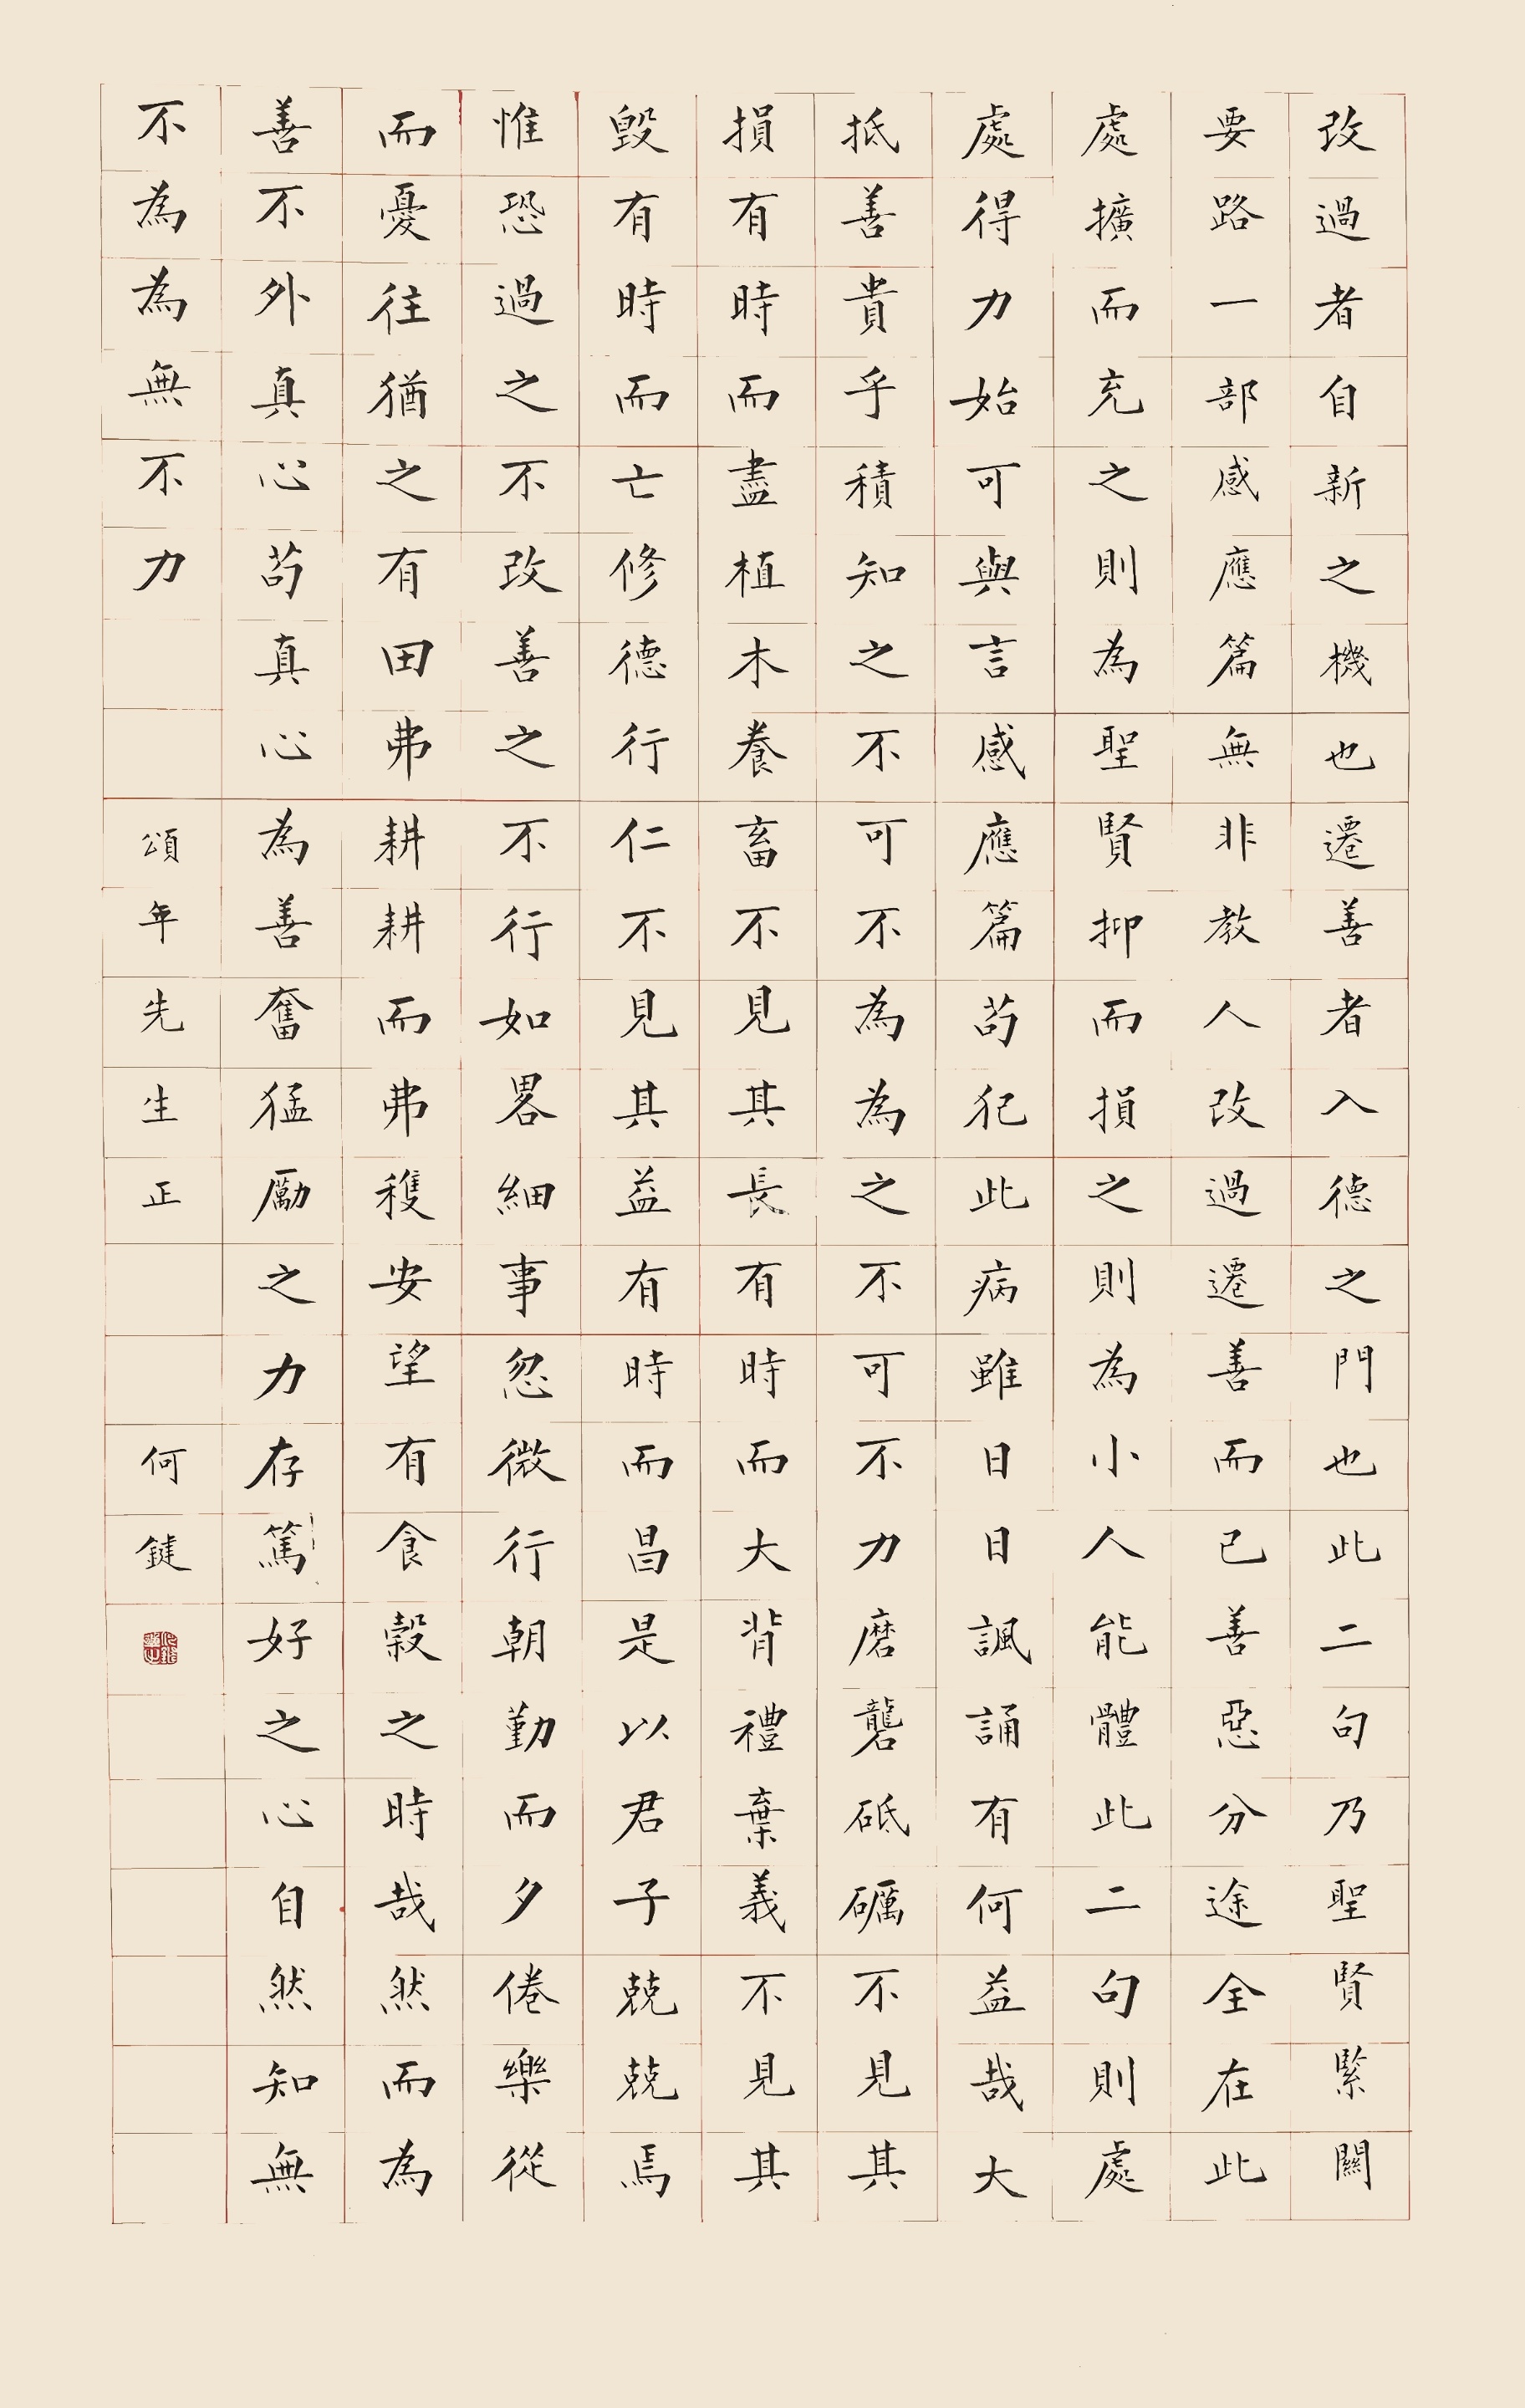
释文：改过者，自新之机也。迁善者，入德之门也。此二句乃圣贤紧关要路。一部感应篇，无非教人改过迁善而已。善恶分途全在此处。扩而充之，则为圣贤；抑而损之，则为小人。能体此二句，则处处得力，始可与言感应篇。苟犯此病，虽日日讽诵，有何益哉？大抵善贵乎积，知之不可不为，为之不可不力，磨砻砥砺不见其损，有时而尽；植木养畜，不见其长，有时而大；背礼弃义，不见其毁，有时而亡；修德行仁，不见其益，有时而昌。是以君子兢兢焉，惟恐过之不改，善之不行。如略细事忽微行，朝勤而夕倦，乐从而忧往，犹之有田弗耕，耕而弗获，安望有食谷之时哉？然而为善不外真心。苟真心为善，奋猛励之，力存笃好之心，自然知无不为、为无不力。颂年先生正，何键。